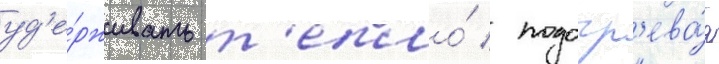
уд'е́рживать т'епло́ / подогр'ева́я